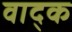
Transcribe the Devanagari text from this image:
वाद्क